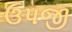
ઉપજી